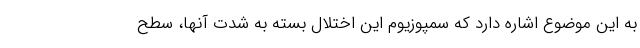
به این موضوع اشاره دارد که سمپوزیوم این اختلال بسته به شدت آنها، سطح